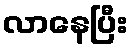
လာနေပြီး